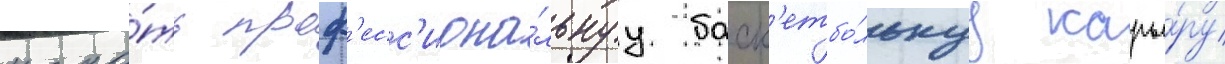
нача́ть проф'есс'иона́льнуу баск'етбо́льнуу карье́ру